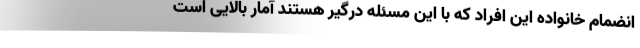
انضمام خانواده این افراد که با این مسئله درگیر هستند آمار بالایی است